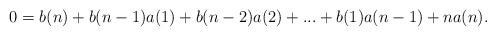
LaTeX: \begin{align*}0 = b(n) + b(n-1)a(1) + b(n-2)a(2) + ... + b(1)a(n-1) + na(n).\end{align*}